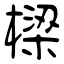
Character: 樑